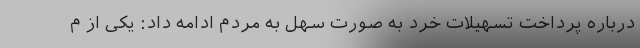
درباره پرداخت تسهیلات خرد به صورت سهل به مردم ادامه داد: یکی از م